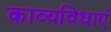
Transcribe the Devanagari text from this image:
काव्यविधाएँ